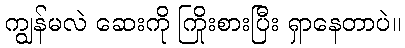
ကျွန်မလဲ ဆေးကို ကြိုးစားပြီး ရှာနေတာပဲ။